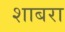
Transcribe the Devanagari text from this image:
शाबरा